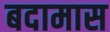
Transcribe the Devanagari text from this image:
बदामास